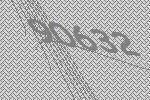
90632